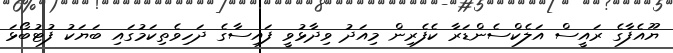
ޔޫއެފާގެ ރައީސް އަލެކްސެންޑަރާ ކެފެރިން މިއަދު ވިދާޅުވީ ފައިސާގެ ދަހިވެތިކަމުގައި ބަޔަކު ފުޓުބޯޅަ